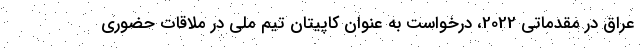
عراق در مقدماتی 2022، درخواست به عنوان کاپیتان تیم ملی در ملاقات حضوری